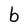
Character: b